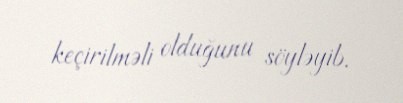
keçirilməli olduğunu söyləyib.